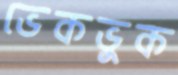
ভেকভুক